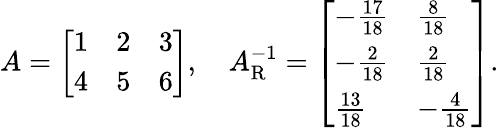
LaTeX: A={\left[\begin{array}{lll}{1}&{2}&{3}\\ {4}&{5}&{6}\end{array}\right]},\quad A_{\mathrm{R}}^{-1}={\left[\begin{array}{ll}{-{\frac{17}{18}}}&{{\frac{8}{18}}}\\ {-{\frac{2}{18}}}&{{\frac{2}{18}}}\\ {{\frac{13}{18}}}&{-{\frac{4}{18}}}\end{array}\right]}.